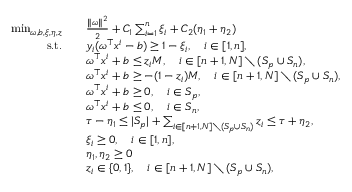
\begin{array} { r l } { \operatorname* { m i n } _ { \omega , b , \xi , \eta , z } \quad } & { \frac { \Vert \omega \Vert ^ { 2 } } { 2 } + C _ { 1 } \sum _ { i = 1 } ^ { n } \xi _ { i } + C _ { 2 } ( \eta _ { 1 } + \eta _ { 2 } ) } \\ { \mathrm { s . t . } \quad } & { y _ { i } ( \omega ^ { \top } x ^ { i } - b ) \geq 1 - \xi _ { i } , \quad i \in [ 1 , n ] , } \\ & { \omega ^ { \top } x ^ { i } + b \leq z _ { i } M , \quad i \in [ n + 1 , N ] \setminus ( S _ { p } \cup S _ { n } ) , } \\ & { \omega ^ { \top } x ^ { i } + b \geq - ( 1 - z _ { i } ) M , \quad i \in [ n + 1 , N ] \setminus ( S _ { p } \cup S _ { n } ) , } \\ & { \omega ^ { \top } x ^ { i } + b \geq 0 , \quad i \in S _ { p } , } \\ & { \omega ^ { \top } x ^ { i } + b \leq 0 , \quad i \in S _ { n } , } \\ & { \tau - \eta _ { 1 } \leq \vert S _ { p } \vert + \sum _ { i \in [ n + 1 , N ] \setminus ( S _ { p } \cup S _ { n } ) } z _ { i } \leq \tau + \eta _ { 2 } , } \\ & { \xi _ { i } \geq 0 , \quad i \in [ 1 , n ] , } \\ & { \eta _ { 1 } , \eta _ { 2 } \geq 0 } \\ & { z _ { i } \in \{ 0 , 1 \} , \quad i \in [ n + 1 , N ] \setminus ( S _ { p } \cup S _ { n } ) , } \end{array}